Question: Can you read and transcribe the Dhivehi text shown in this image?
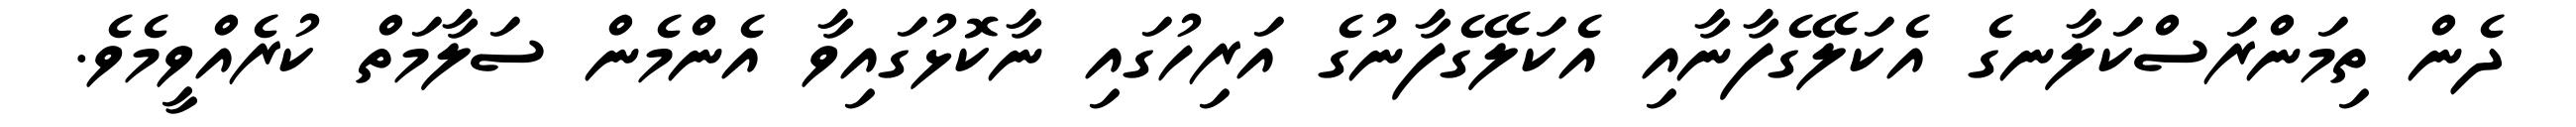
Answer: ދެން ތިމަންރަސްކަލާނގެ އެކަލޭގެފާނާއި އެކަލޭގެފާނުގެ އަރިހުގައި ނާކޮޅުގައިވާ އެންމެން ސަލާމަތް ކުރެއްވީމެވެ.